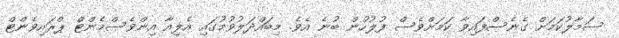
ސަމާލުކަމަށް ގެނެސްފައިވާ ކަމަށްވެސް ފުލުހުން ބުނެ އެވެ. މިބައްދަލުވުމުގައި އެލިއާ އިންވެސްމެންޓް ޕްރައިވެންޓް